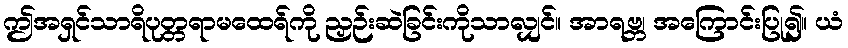
ဤအရှင်သာရိပုတ္တရာမထေရ်ကို ညှဉ်းဆဲခြင်းကိုသာလျှင်။ အာရဗ္ဘ၊ အကြောင်းပြု၍။ ယံ